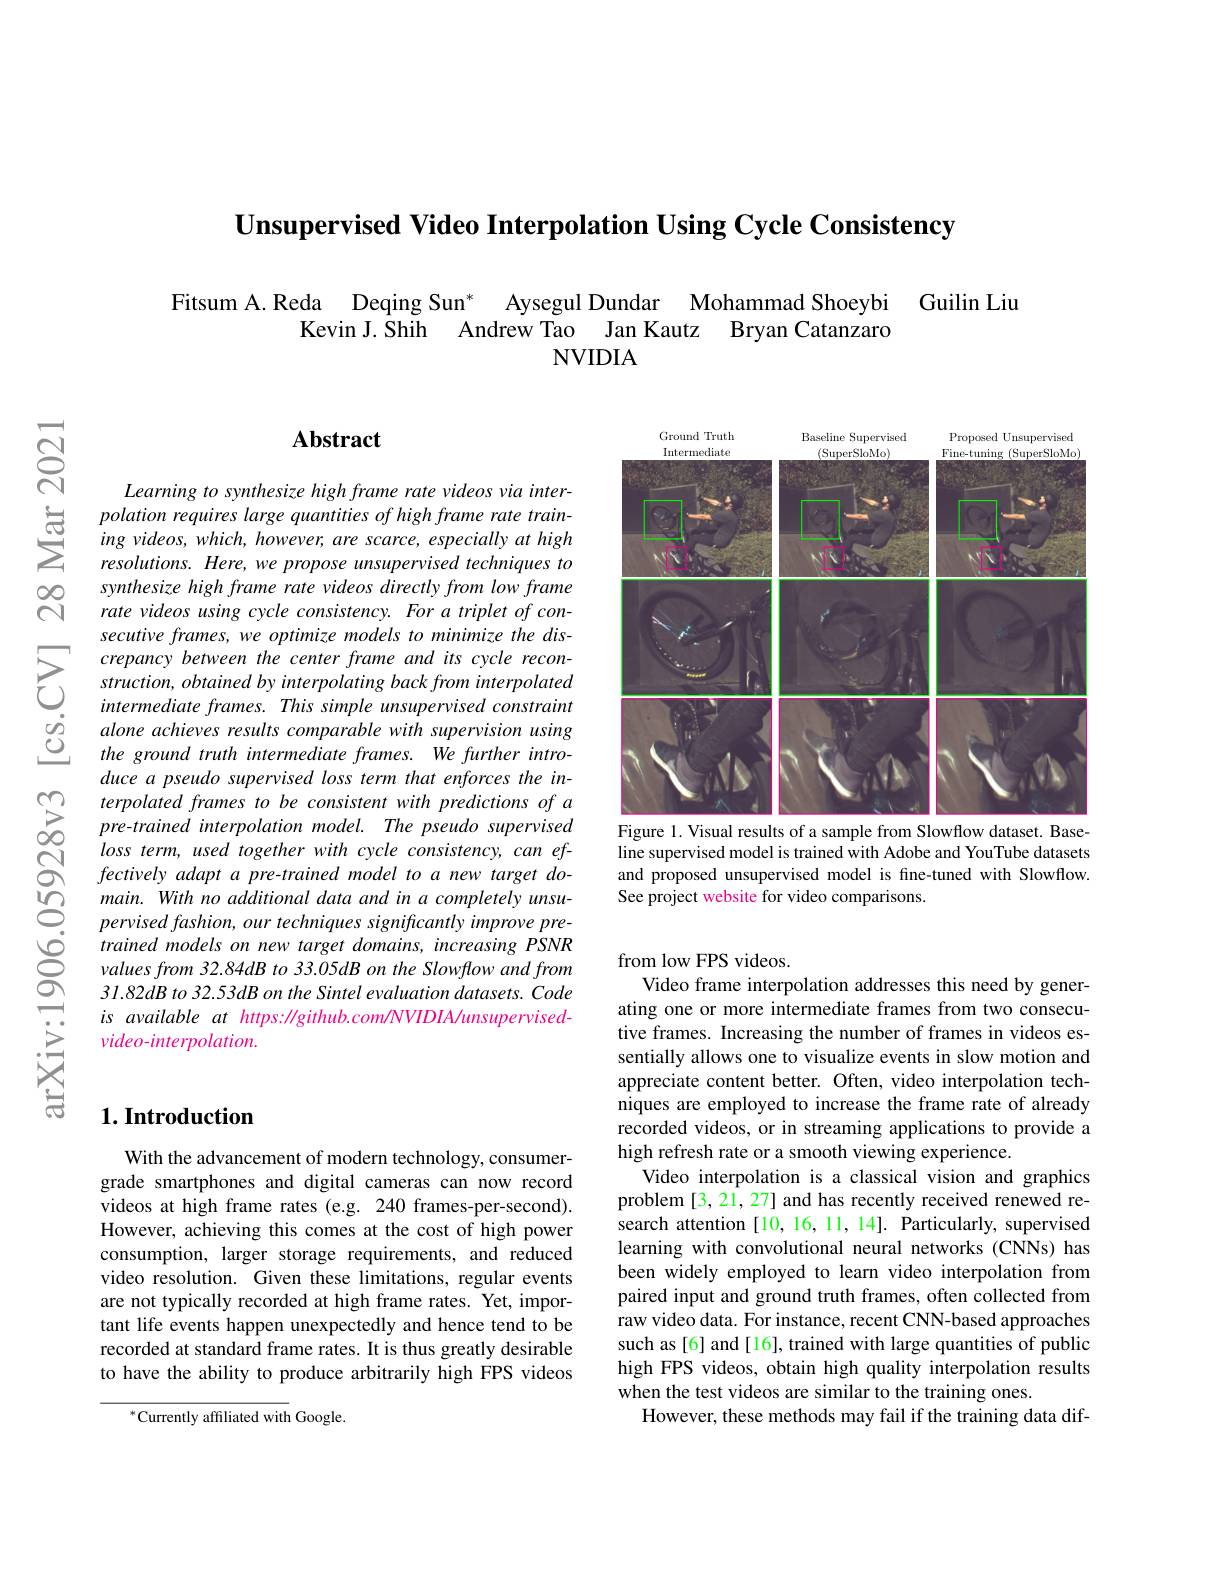
$\textbf{Unsupervised Video Interpolation Using Cycle Consistency}$

Fitsum A.Reda Deqing Sun* Aysegul Dundar Mohammad Shoeybi Guilin Liu
Kevin J.Shih Andrew Tao Jan Kautz Bryan Catanzaro
NVIDIA

$নু$

<FigureHere>

Figure 1. Visual results of

line supervised model is trained with Adobe and YouTube datasets and proposed unsupervised mo See project website for video comparisons

$സ്പെ$

## $\mathbf{Abstract}$

Learning to synthesize high
$\sum _{i= 1}^{\infty }$ polation requires large quantities $of$ high frame rate $train- ing$ $videos$, $which$, $however$, are $scarce$, especially $at$ $highresolutions.$ $Here$, $we$ propose unsupervised techniques $to$
synthesize high frame rate v rate videos using cycle cons secutive frames, we optimize
$\sum_{\begin{array}{cc}&\text{crepancy between }\end{array}}$ $\begin{array}{lll}&intermediateframes.&This&simple&unsupervised&constraint\\\hline oj&alone&achieves&results&comparable&with&supervision&using\\0&the&ground&truth&intermediate&frames.&We&further&intro-\end{array}$
duce a pseudo supervised los
$\sum _{0}^{\infty }$ terpolated frames $to$ $be$ consistent with predictions $of$ $a$
loss term, used together wit fectively adapt a pre-traine main. With no additional dat $pervised\textit{fashion, our tech}$ trained models on new target values from 32.84dB to 33.05dB on the Slowflow and from 31.82dB to 32.53dB on the Sintel evaluation datasets. Code $is$ available at https: / github. com/ NVIDIA/ unsupervisedvideo- interpolation.

## $1. \textbf{Introduction}$

With the advancement of modern technology, consumergrade smartphones and digital cameras can now record videos at high frame rates (e.g. 240 frames-per-second). However, achieving this comes at the cost of high power consumption, larger storage requirements, and reduced video resolution. Given these limitations, regular events are not typically recorded at high frame rates. Yet, important life events happen unexpectedly and hence tend to be recorded at standard frame rates. It is thus greatly desirable to have the ability to produ

$^{*}$Currently affiliated w

from low FPS videos.
Video frame interpolation ad ating one or more intermediate frames from two consecutive frames. Increasing the sentially allows one to visu appreciate content better. O niques are employed to incre recorded videos, or in strea high refresh rate or a smoot
Video interpolation is a cla problem [3, 21, 27] and has search attention [10, 16, 11, 14]. Particularly, supervised learning with convolutional been widely employed to learn video interpolation from paired input and ground truth frames, often collected from raw video data. For instance such as [6] and [16], trained with large quantities of public high FPS videos, obtain high when the test videos are similar to the training ones.
However, these methods may f